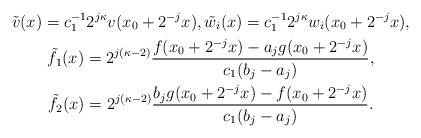
LaTeX: \begin{gather*}\tilde{v}(x) = c_1^{-1}2^{j\kappa}v(x_0 + 2^{-j}x),\tilde{w}_i(x) = c_1^{-1}2^{j\kappa}w_i(x_0 + 2^{-j}x),\\\tilde{f}_1(x) = 2^{j(\kappa-2)}\frac{f(x_0 + 2^{-j}x) - a_jg(x_0 + 2^{-j}x)}{c_1(b_j - a_j)},\\\tilde{f}_2(x) = 2^{j(\kappa-2)}\frac{b_jg(x_0 + 2^{-j}x) - f(x_0 + 2^{-j}x)}{c_1(b_j - a_j)}.\end{gather*}